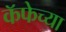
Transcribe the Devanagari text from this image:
कॅफेच्या